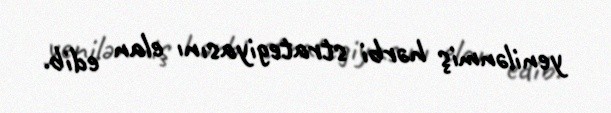
yenilənmiş hərbi strategiyasını elan edib.